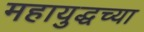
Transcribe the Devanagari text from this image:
महायुद्धच्या